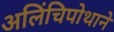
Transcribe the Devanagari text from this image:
अलिंचिपोथाने